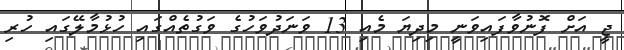
ޖީ އަށް ފޮނުވާފައިވަނީ މިދިޔަ މެއި 13 ވަނަދުވަހުގެ ވަގުތެއްގައި ހުޅުމާލޭގައި ހުރި